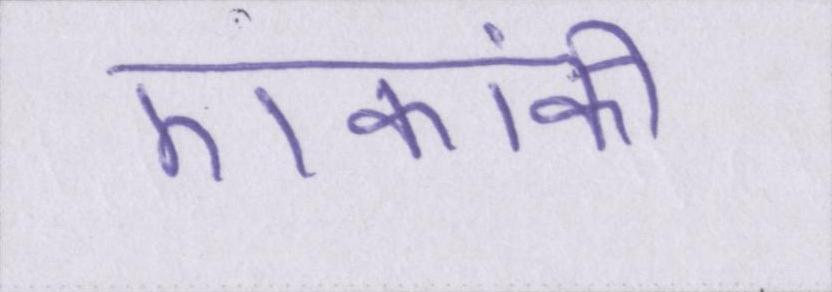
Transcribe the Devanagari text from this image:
एकांकी